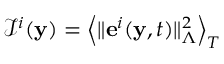
\begin{array} { r } { \mathcal { I } ^ { i } ( \mathbf { y } ) = \left\langle \Vert \mathbf { e } ^ { i } ( \mathbf { y } , t ) \Vert _ { \Lambda } ^ { 2 } \right\rangle _ { T } } \end{array}